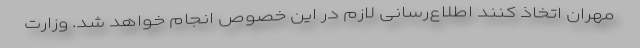
مهران اتخاذ کنند اطلاع‌رسانی لازم در این خصوص انجام خواهد شد. وزارت